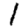
Digit: 1